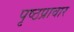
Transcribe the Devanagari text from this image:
पृष्ठप्रावार